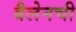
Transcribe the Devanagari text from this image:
बैलेनची